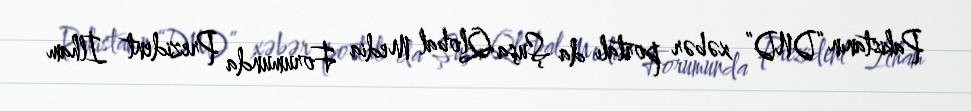
Pakistanın “DND” xəbər portalı da Şuşa Qlobal Media Forumunda Prezident İlham